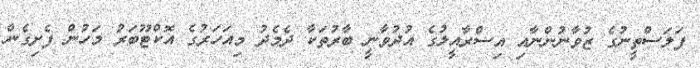
ފަލަސްތީނުގެ ޒުވާނުންނާއި އިސްރާއީލުގެ އުދުވާނީ ބާރުތަކާ ދެމެދު މިއަހަރުގެ އޮކްޓޫބަރު މަހުން ފެށިގެން